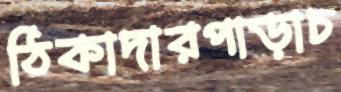
ঠিকাদারপাড়াচ